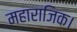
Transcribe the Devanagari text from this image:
महाराजिक।